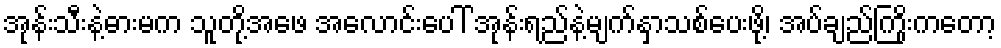
အုန်းသီးနဲ့ဓားမက သူတို့အဖေ အလောင်းပေါ် အုန်းရည်နဲ့မျက်နှာသစ်ပေးဖို့၊ အပ်ချည်ကြိုးကတော့